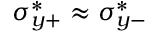
\sigma _ { y + } ^ { * } \approx \sigma _ { y - } ^ { * }